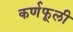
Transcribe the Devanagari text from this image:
कर्णफूली